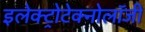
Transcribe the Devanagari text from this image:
इलेक्ट्रोटेक्नोलॉजी